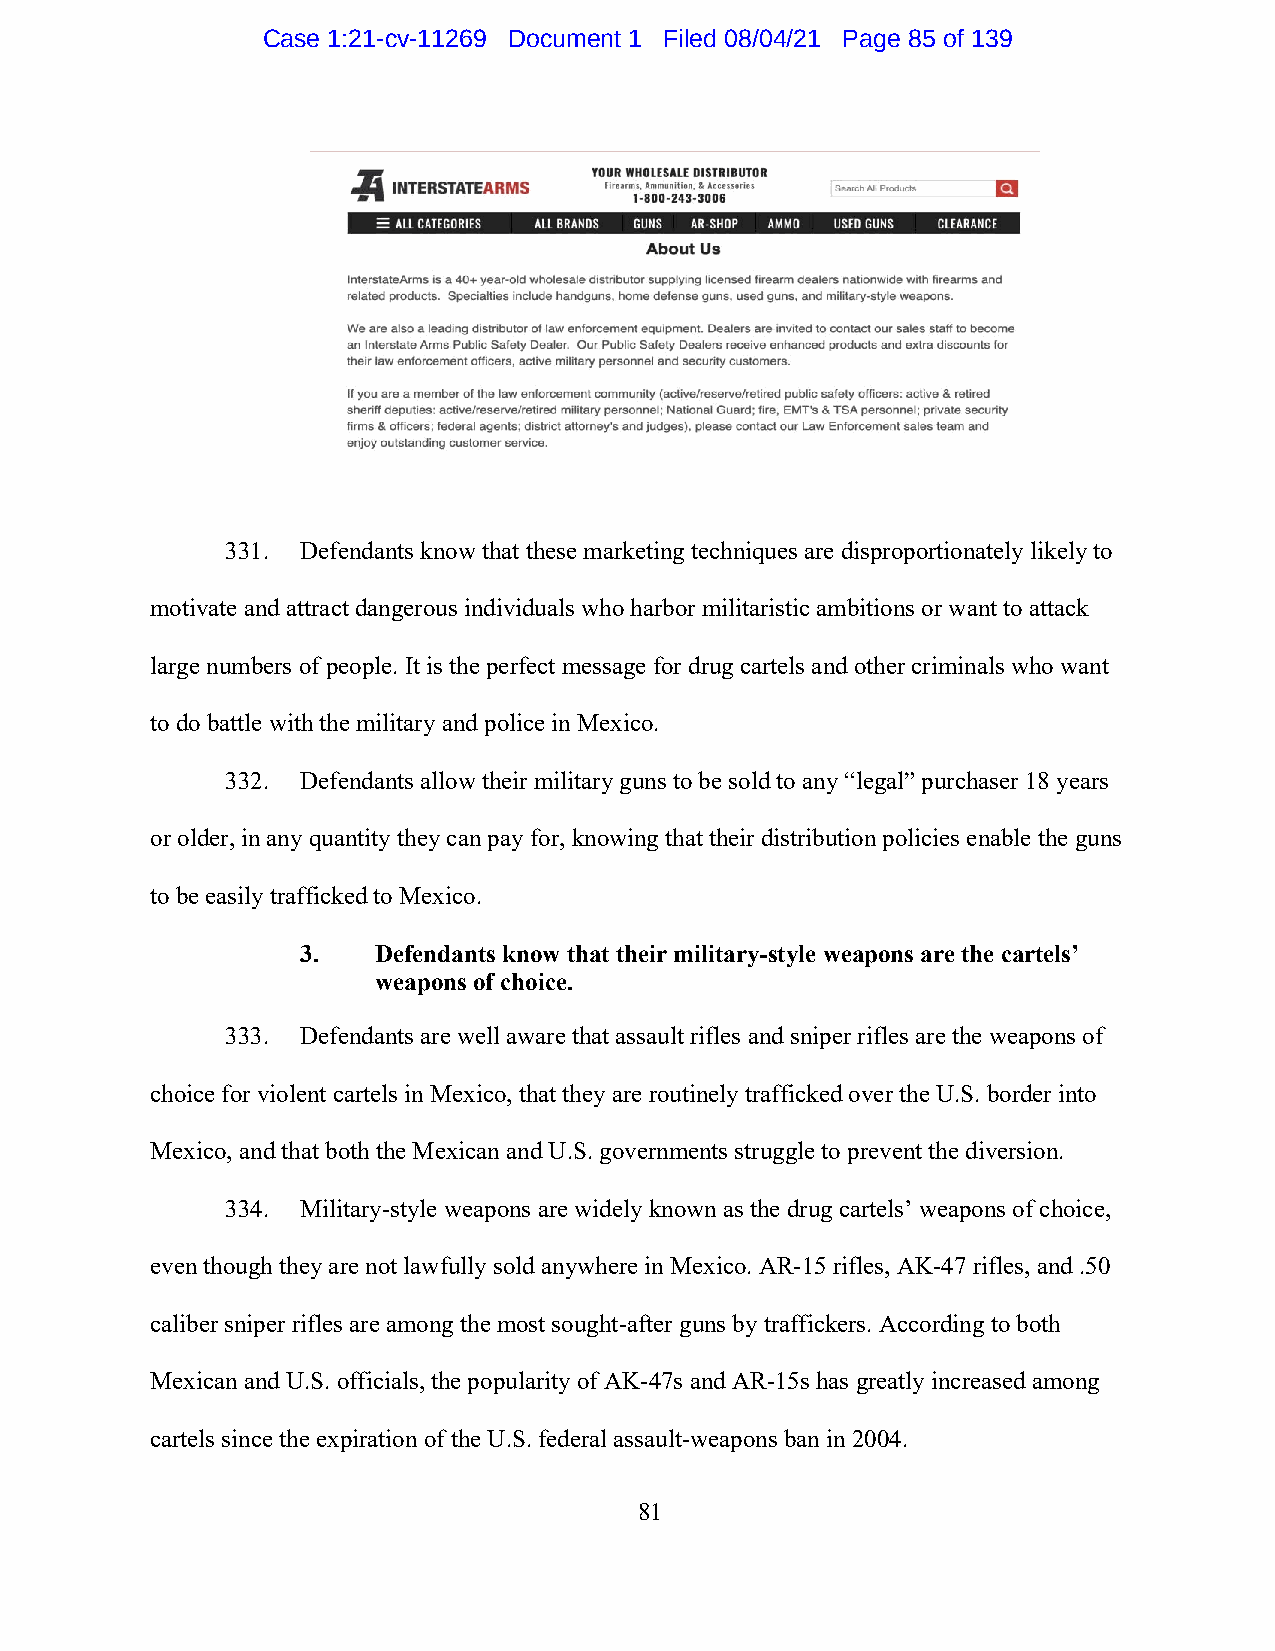
Case 1:21-cv-11269 Document 1 Filed 08/04/21 Page 85 of 139
 331. Defendants know that these marketing techniques are disproportionately likely to
 motivate and attract dangerous individuals who harbor militaristic ambitions or want to attack
 large numbers of people. It is the perfect message for drug cartels and other criminals who want
 to do battle with the military and police in Mexico.
 332. Defendants allow their military guns to be sold to any “legal” purchaser 18 years
 or older, in any quantity they can pay for, knowing that their distribution policies enable the guns
 to be easily trafficked to Mexico.
 3.   Defendants know that their military-style weapons are the cartels’
 weapons of choice.
 333. Defendants are well aware that assault rifles and sniper rifles are the weapons of
 choice for violent cartels in Mexico, that they are routinely trafficked over the U.S. border into
 Mexico, and that both the Mexican and U.S. governments struggle to prevent the diversion.
 334. Military-style weapons are widely known as the drug cartels’ weapons of choice,
 even though they are not lawfully sold anywhere in Mexico. AR-15 rifles, AK-47 rifles, and .50
 caliber sniper rifles are among the most sought-after guns by traffickers. According to both
 Mexican and U.S. officials, the popularity of AK-47s and AR-15s has greatly increased among
 cartels since the expiration of the U.S. federal assault-weapons ban in 2004.
 81